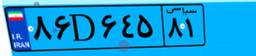
۸۲D۱۹۲۰۲